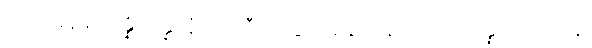
ထိုအခါ၌။ သန္နိသိန္နာနံ၊ အညီအညွတ်နေကုန်သော။ သန္နိပတိတာနံ၊